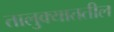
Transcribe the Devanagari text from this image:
तालुक्याततील